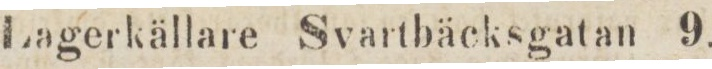
Lagerkällare Svartbäcksgatan 9.